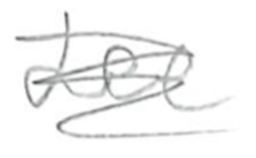
Text: Lee
Cross-out: scratch
Writing tool: pencil